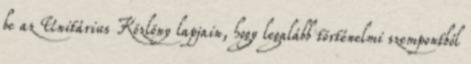
be az Unitárius Közlöny lapjain, hogy legalább történelmi szempontból